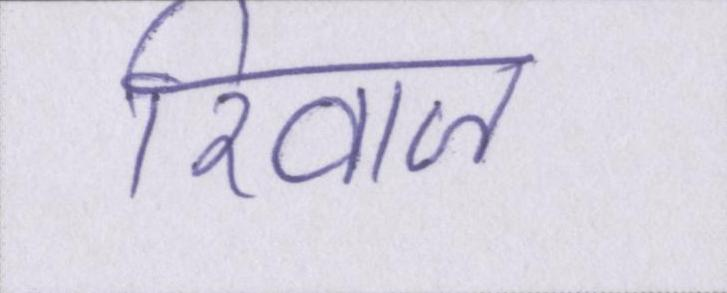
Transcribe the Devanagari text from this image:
रिवाज़